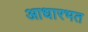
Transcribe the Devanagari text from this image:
आधारभत